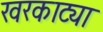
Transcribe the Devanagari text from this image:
खरकाट्या